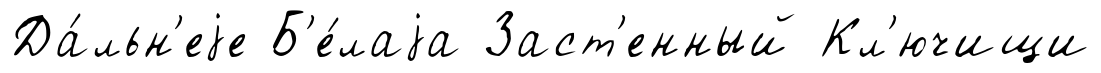
Да́льн'еjе Б'е́лаjа Заст'енный Кл'ючищи